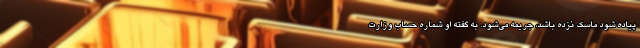
پیاده شود ماسک نزده باشد، جریمه می‌شود. به گفته او شماره حساب وزارت